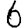
Digit: 6